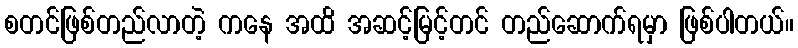
စတင်ဖြစ်တည်လာတဲ့ ကနေ အထိ အဆင့်မြင့်တင် တည်ဆောက်ရမှာ ဖြစ်ပါတယ်။